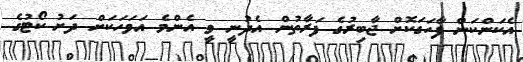
އެކަންކަން ފާހަގަކޮށް ޖާބިރުގެ ފަރާތުން އެދުނީ ވީ އެންމެ އަވަހަކަށް ދަށު ކޯޓުގެ